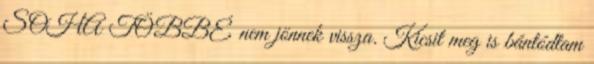
SOHA TÖBBÉ nem jönnek vissza. Kicsit meg is bántódtam